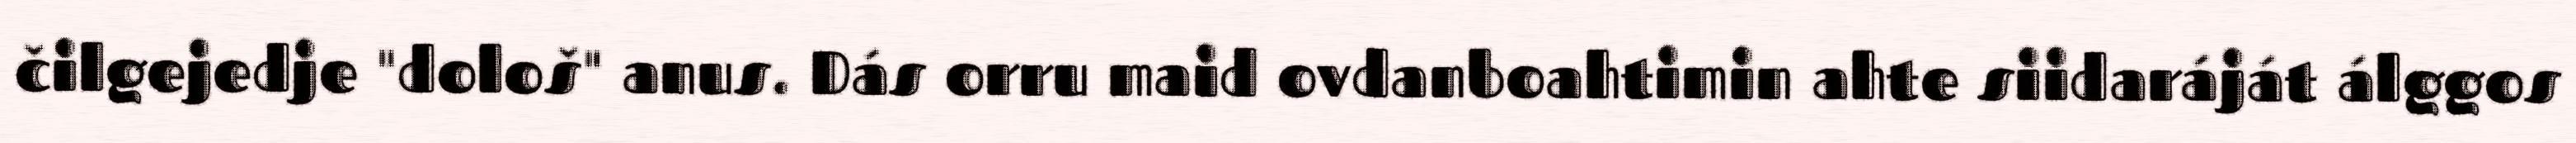
čilgejedje "dološ" anus. Dás orru maid ovdanboahtimin ahte siidaráját álggos